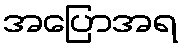
အပြောအရ